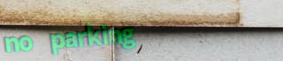
no parking